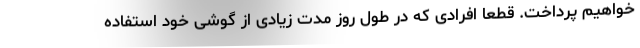
خواهیم پرداخت. قطعا افرادی که در طول روز مدت زیادی از گوشی خود استفاده